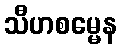
သီဟစမ္မေန